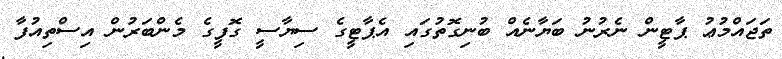
ތަޖައްމުޢު ޕާޓީން ނެރުނު ބަޔާނެއް ބުނިގޮތުގައި އެޕާޓީގެ ސިޔާސީ ގޮފީގެ މެންބަރުން އިސްތިއުފާ